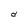
Character: d